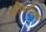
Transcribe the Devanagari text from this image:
प्रतिभासिक